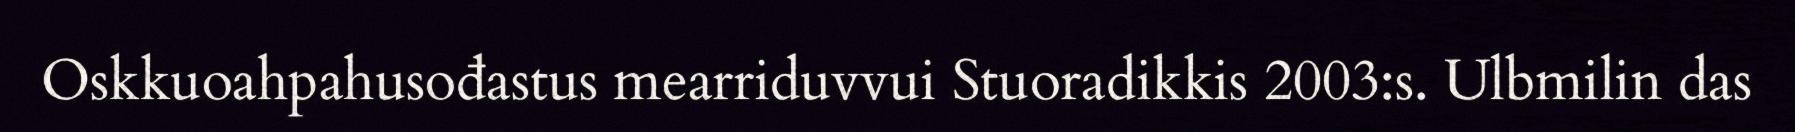
Oskkuoahpahusođastus mearriduvvui Stuoradikkis 2003:s. Ulbmilin das